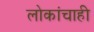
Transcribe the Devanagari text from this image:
लोकांचाही